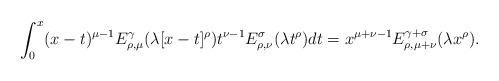
LaTeX: \begin{align*} \int_0^x (x-t)^{\mu-1} E^\gamma_{\rho,\mu}(\lambda [x-t]^\rho) t^{\nu-1} E^\sigma_{\rho,\nu}(\lambda t^\rho)dt=x^{\mu+\nu-1}E^{\gamma+\sigma}_{\rho,\mu+\nu}(\lambda x^\rho).\end{align*}